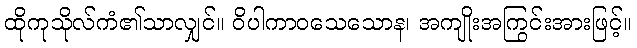
ထိုကုသိုလ်ကံ၏သာလျှင်။ ဝိပါကာဝသေသောန၊ အကျိုးအကြွင်းအားဖြင့်။